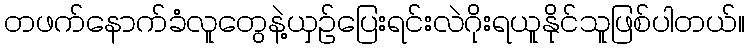
တဖက်နောက်ခံလူတွေနဲ့ယှဥ်ပြေးရင်းလဲဂိုးရယူနိုင်သူဖြစ်ပါတယ်။